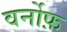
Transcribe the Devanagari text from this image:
वर्नोफ़